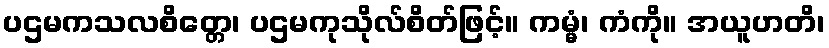
ပဌမကသလစိတ္တေ၊ ပဌမကုသိုလ်စိတ်ဖြင့်။ ကမ္မံ၊ ကံကို။ အယူဟတိ၊